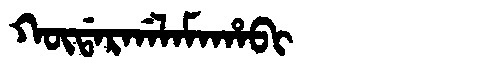
Manchu: ᡴᡡᡩᠠᡵᡤᠠᠯᠠᠮᠠᡥᠠᠪᡳ
Romanization: KŪDARGALAMAHABI